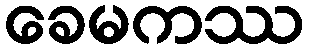
ခေမကဿ